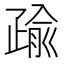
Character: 𭼄